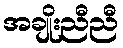
အချိုးညီညီ